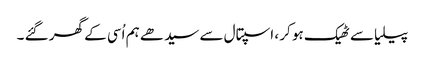
پیلیا سے ٹھیک ہو کر ، اسپتال سے سیدھے ہم اُسی کے گھر گئے ۔